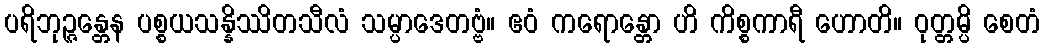
ပရိဘုဉ္ဇန္တေန ပစ္စယသန္နိဿိတသီလံ သမ္ပာဒေတဗ္ဗံ။ ဧဝံ ကရောန္တော ဟိ ကိစ္စကာရီ ဟောတိ။ ဝုတ္တမ္ပိ စေတံ